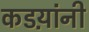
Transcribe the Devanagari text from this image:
कडय़ांनी